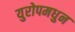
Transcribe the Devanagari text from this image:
युरोपमधुन